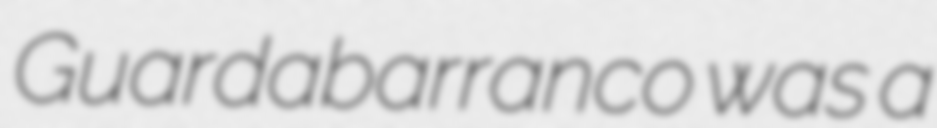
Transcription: Guardabarranco was a